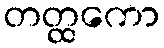
တတ္ထကော